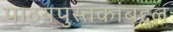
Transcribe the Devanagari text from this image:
पाठय़पुस्तकांबद्दल